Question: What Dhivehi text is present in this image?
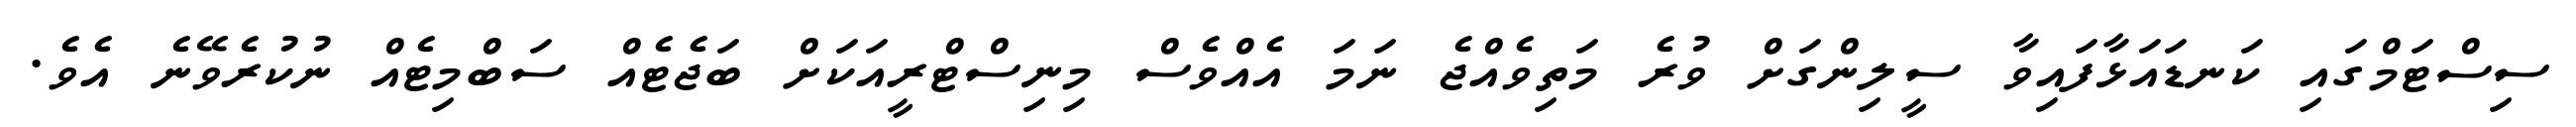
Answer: ސިސްޓަމްގައި ކަނޑައަޅާފައިވާ ސީލިންގަށް ވުރެ މަތިވެއްޖެ ނަމަ އެއްވެސް މިނިސްޓްރީއަކަށް ބަޖެޓެއް ސަބްމިޓެއް ނުކުރެވޭނެ އެވެ.